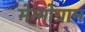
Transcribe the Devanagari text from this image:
मेम्मोग्राम